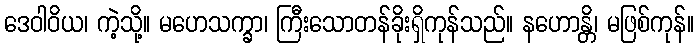
ဒေဝါဝိယ၊ ကဲ့သို့။ မဟေသက္ခာ၊ ကြီးသောတန်ခိုးရှိကုန်သည်။ နဟောန္တိ၊ မဖြစ်ကုန်။